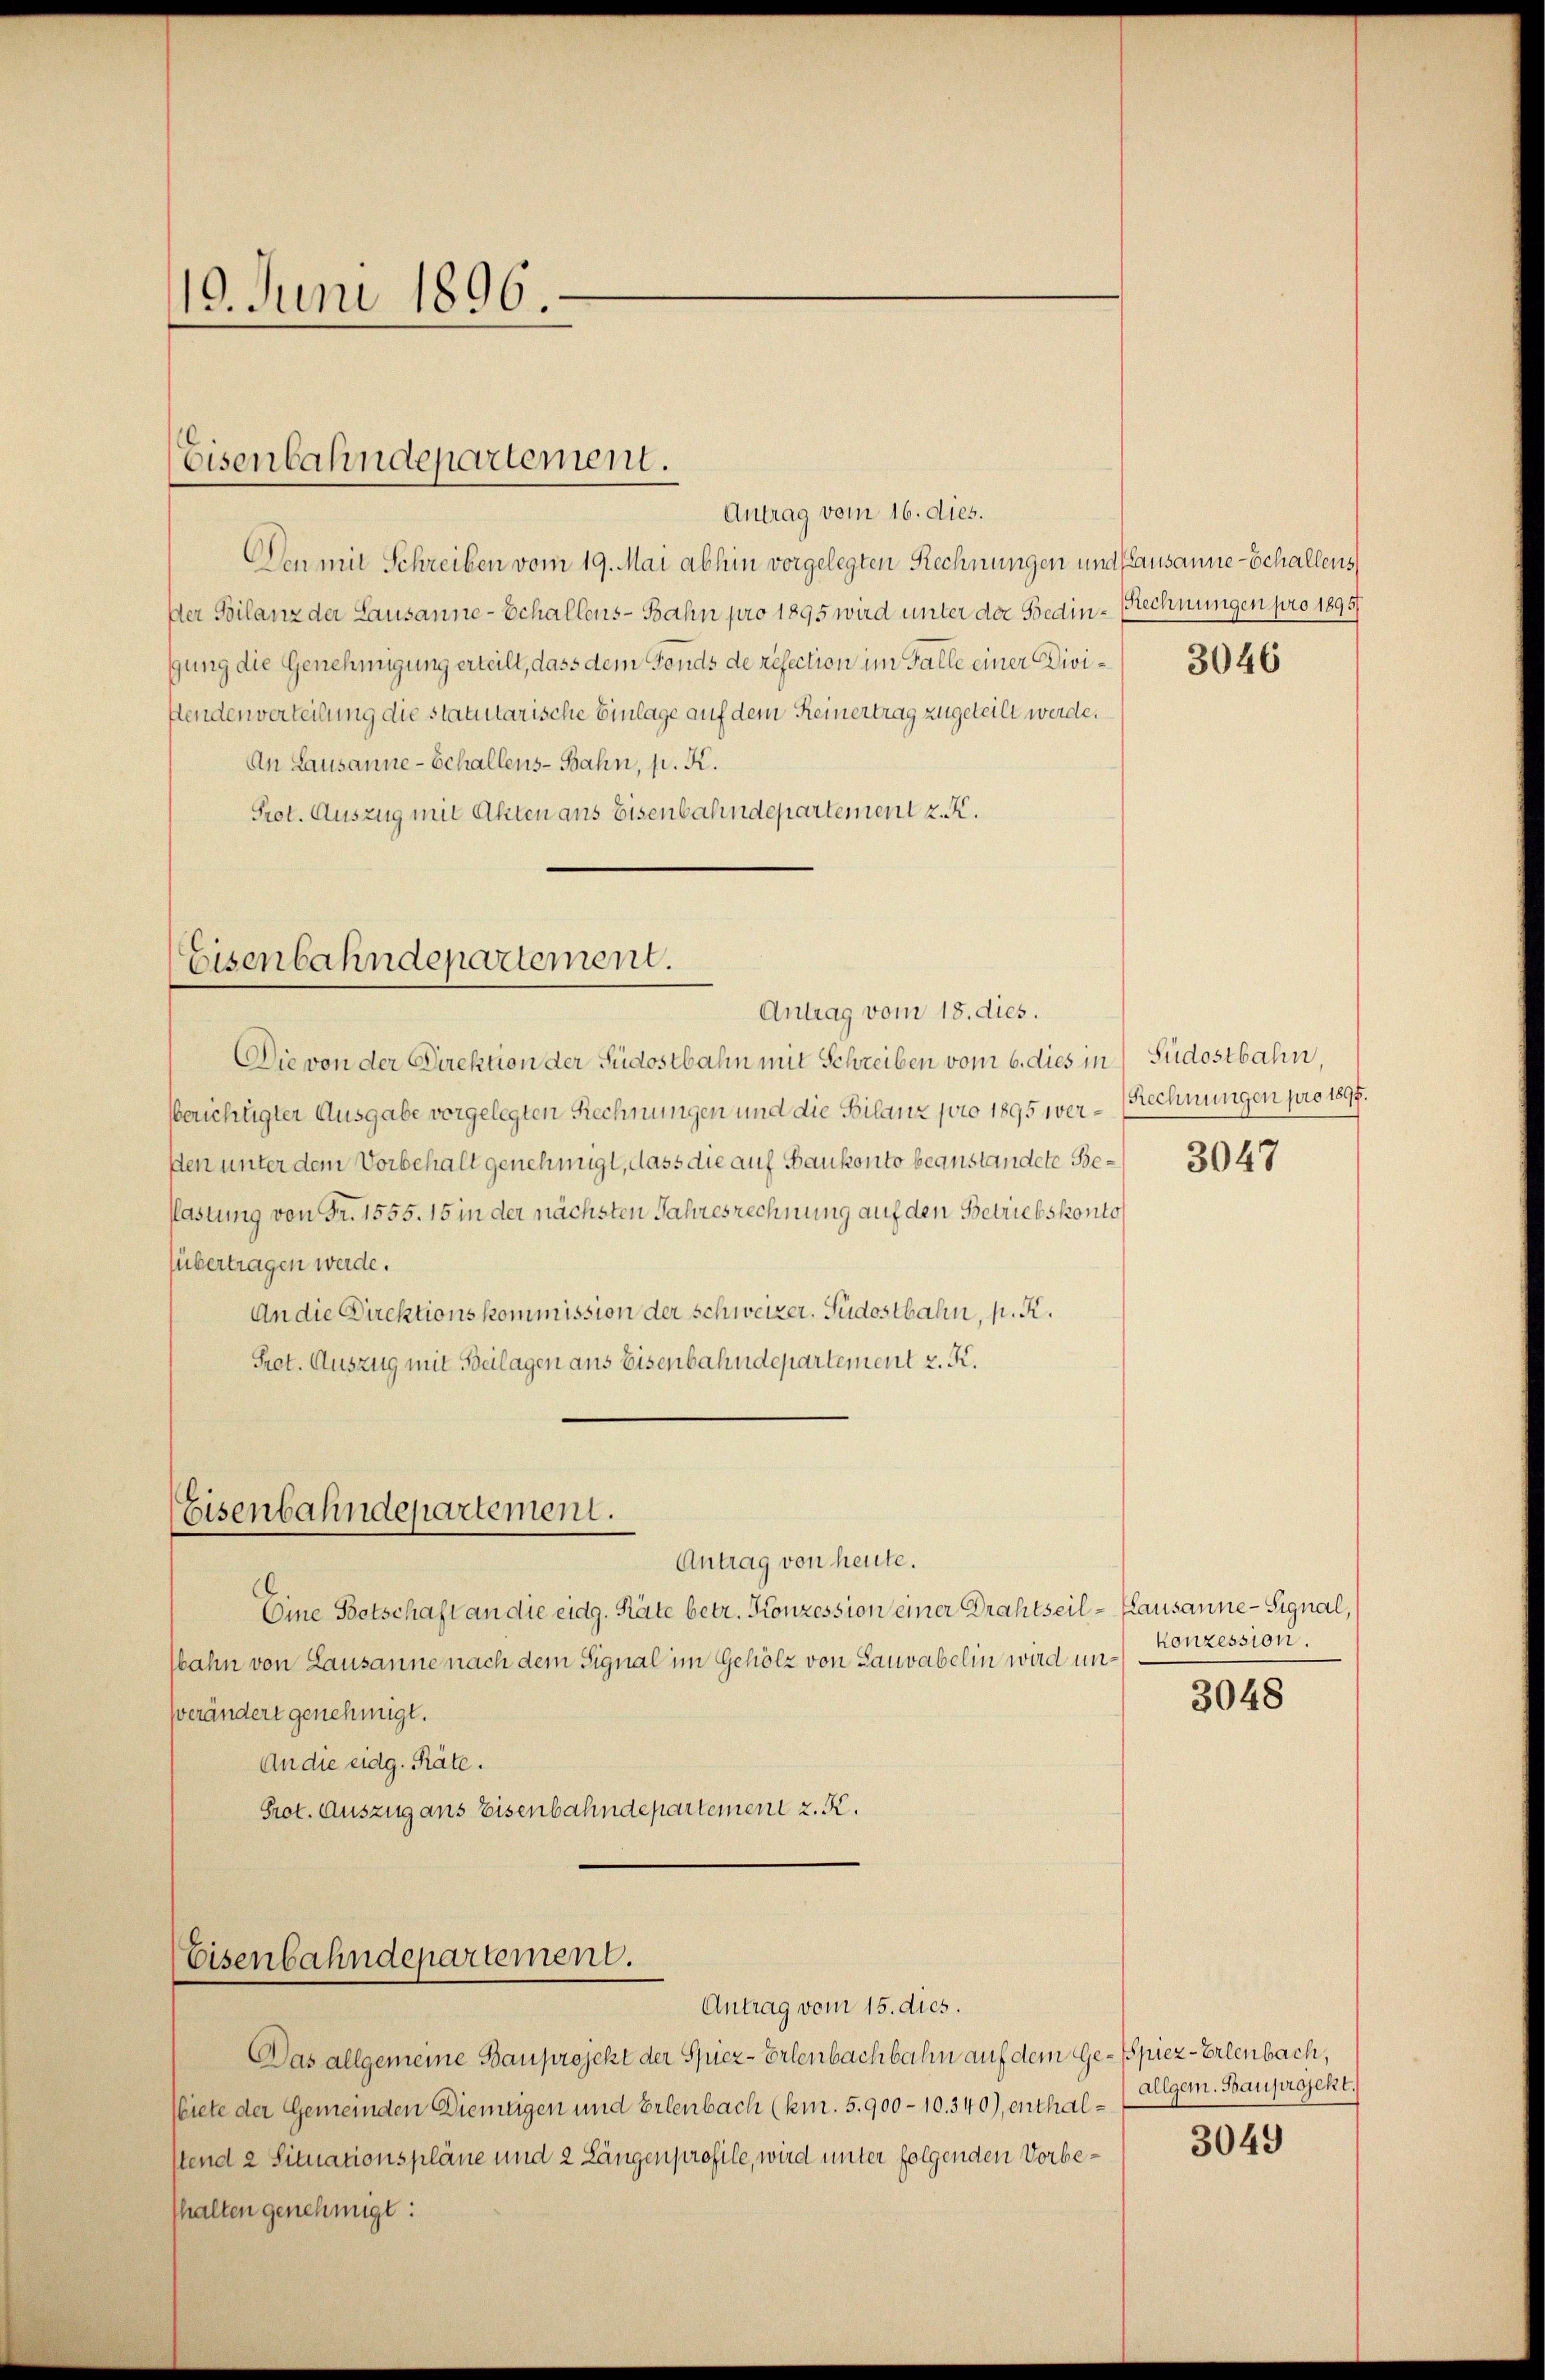
19. Juni 1896.

Eisenbahndepartement.

Antrag vom 16. dies.
Den mit Schreiben vom 19. Mai abhin vorgelegten Rechnungen und Pausanne - Schallens
Der Bilanz der Lausanne - Schallens-Bahn pro 1895 wird unter der Bedin-Rechnungen pro 1895/
gung die Genehmigung erteilt, dass dem Fonds de résection im Falle einer Diviftendenverteilung die statutarische Einlage auf dem Reinertrag zugeteilt werde.
An Lausanne - Schallens-Bahn, p. K.
Prot. Auszug mit Akten ans Eisenbahndepartement z.

Eisenbahndepartement.
Antrag vom 18. dies.

Die von der Direktion der Südostbahn mit Schreiben vom 6. dies in Südostbahn,
berichügter Ausgabe vorgelegten Rechnungen und die Bilanz pro 1895 wer- Rechnungen pro 1897.
sten unter dem Vorbehalt genehmigt, dass die auf Bankonto beanstandete Be¬
Plastung von Fr. 1555. 15 in der nächsten Jahresrechnung auf den Betriebskonto
sübertragen werde.
An die Direktionskommission der Schweizer. Püdostbahn, s. R.
Pret. Auszug mit Beilagen aus Eisenbahndepartement z. K.

Eisenbahndepartement.

Eisenbahndepartement.
Antrag vom 15. dies.

Antrag von heute.
Eine Botschaft an die eidg. Räte betr. Konzession einer Drahtseil - Kausanne - Signal,
bahn von Lausanne nach dem Signal im Gehölz von Lauvabelin wird un¬
Verändert genehmigt.
An die eidg. Räte.
Prot. Auszug ans Eisenbahndepartement z. K.

Das allgemeine Bauprojekt der Spiez-Erlenbachbahn auf dem Ge- spier - Erlenbach,
(iete der Gemeinden Dientigen und Erlenbach (kur. 5. 900 - 10.340), enthalstend 2 Situationspläne und 2 Längenprofile, wird unter folgenden Vorbethalten genehmigt:

3046

3047

Konzession.

3048

allgem. Bauprojekt.

3049